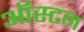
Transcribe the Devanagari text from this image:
ऑस्टन